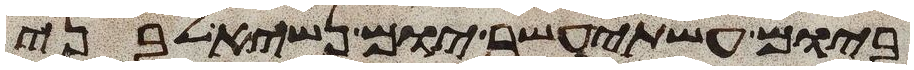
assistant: ביום עשתי עשר יום נשיא לבני